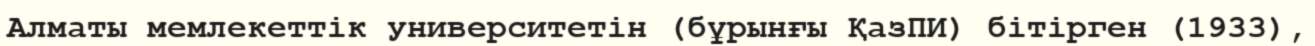
Алматы мемлекеттік университетін (бұрынғы ҚазПИ) бітірген (1933),